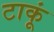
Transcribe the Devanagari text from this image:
टाकूं